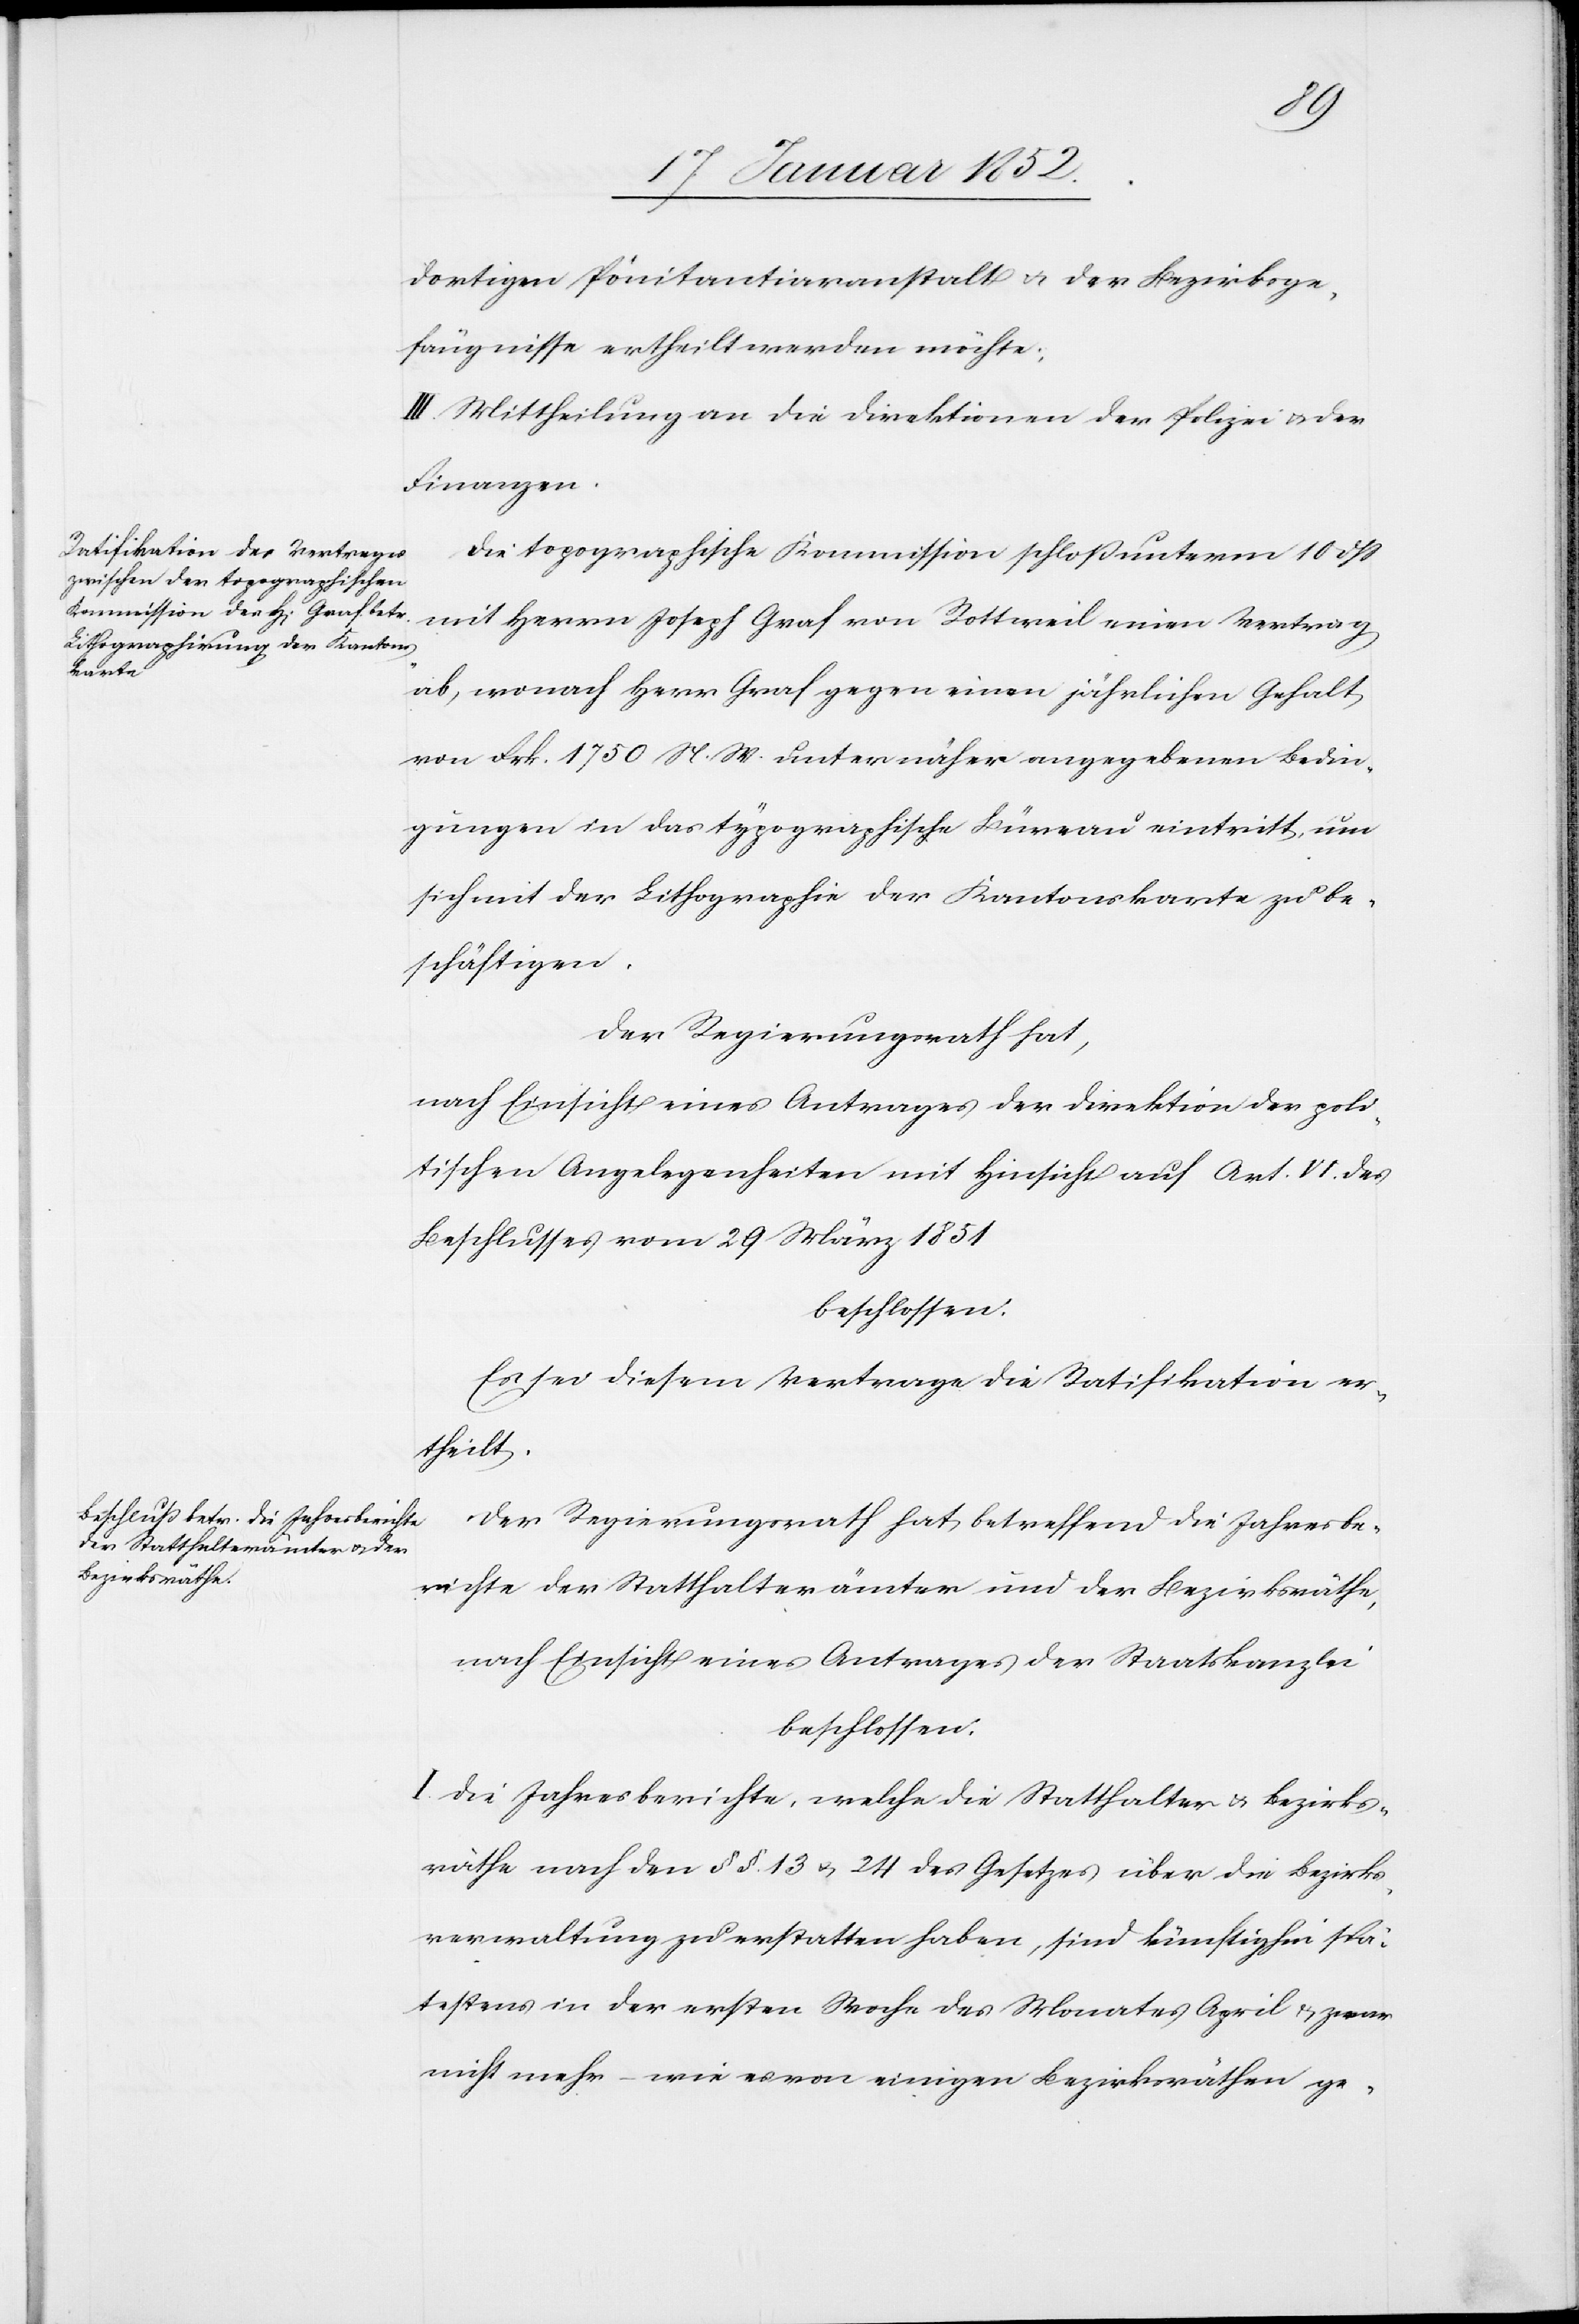
dortigen Pönitantiaranstalt u. der Bezirksge¬
fängnisse ertheilt werden möchte.
III. Mittheilung an die Direktionen der Polizei u. der
Finanzen.
Die topographische Kommission schloß unterm 10 dß
mit Herrn Joseph Graf von Rottweil einen Vertrag
ab, wonach Herr Graf gegen einen jährlichen Gehalt
von Frk. 1750 N. W. unter näher angegebenen Bedin¬
gungen in das typographische Büreau eintritt, um
sich mit der Lithographie der Kantonskarte zu be¬
schäftigen,
Der Regierungsrath hat,
nach Einsicht eines Antrages der Direktion der poli¬
tischen Angelegenheiten mit Hinsicht auf Art. VI. des
Beschlusses vom 29 März 1851
beschlossen.
Es sei diesem Vertrage die Ratifikation er¬
theilt.
Der Regierungsrath hat, betreffend die Jahresbe¬
richte der Statthalterämter und der Bezirksräthe,
nach Einsicht eines Antrages der Staatskanzlei
beschlossen.
I. Die Jahresberichte, welche die Statthalter u. Bezirks¬
räthe nach den §§. 13 u. 24 des Gesetzes über die Bezirks¬
verwaltung zu erstatten haben, sind künftighin spä¬
testens in der ersten Woche des Monates April u. zwar
nicht mehr – wie von einigen Bezirksräthen ge-